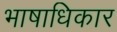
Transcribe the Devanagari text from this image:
भाषाधिकार